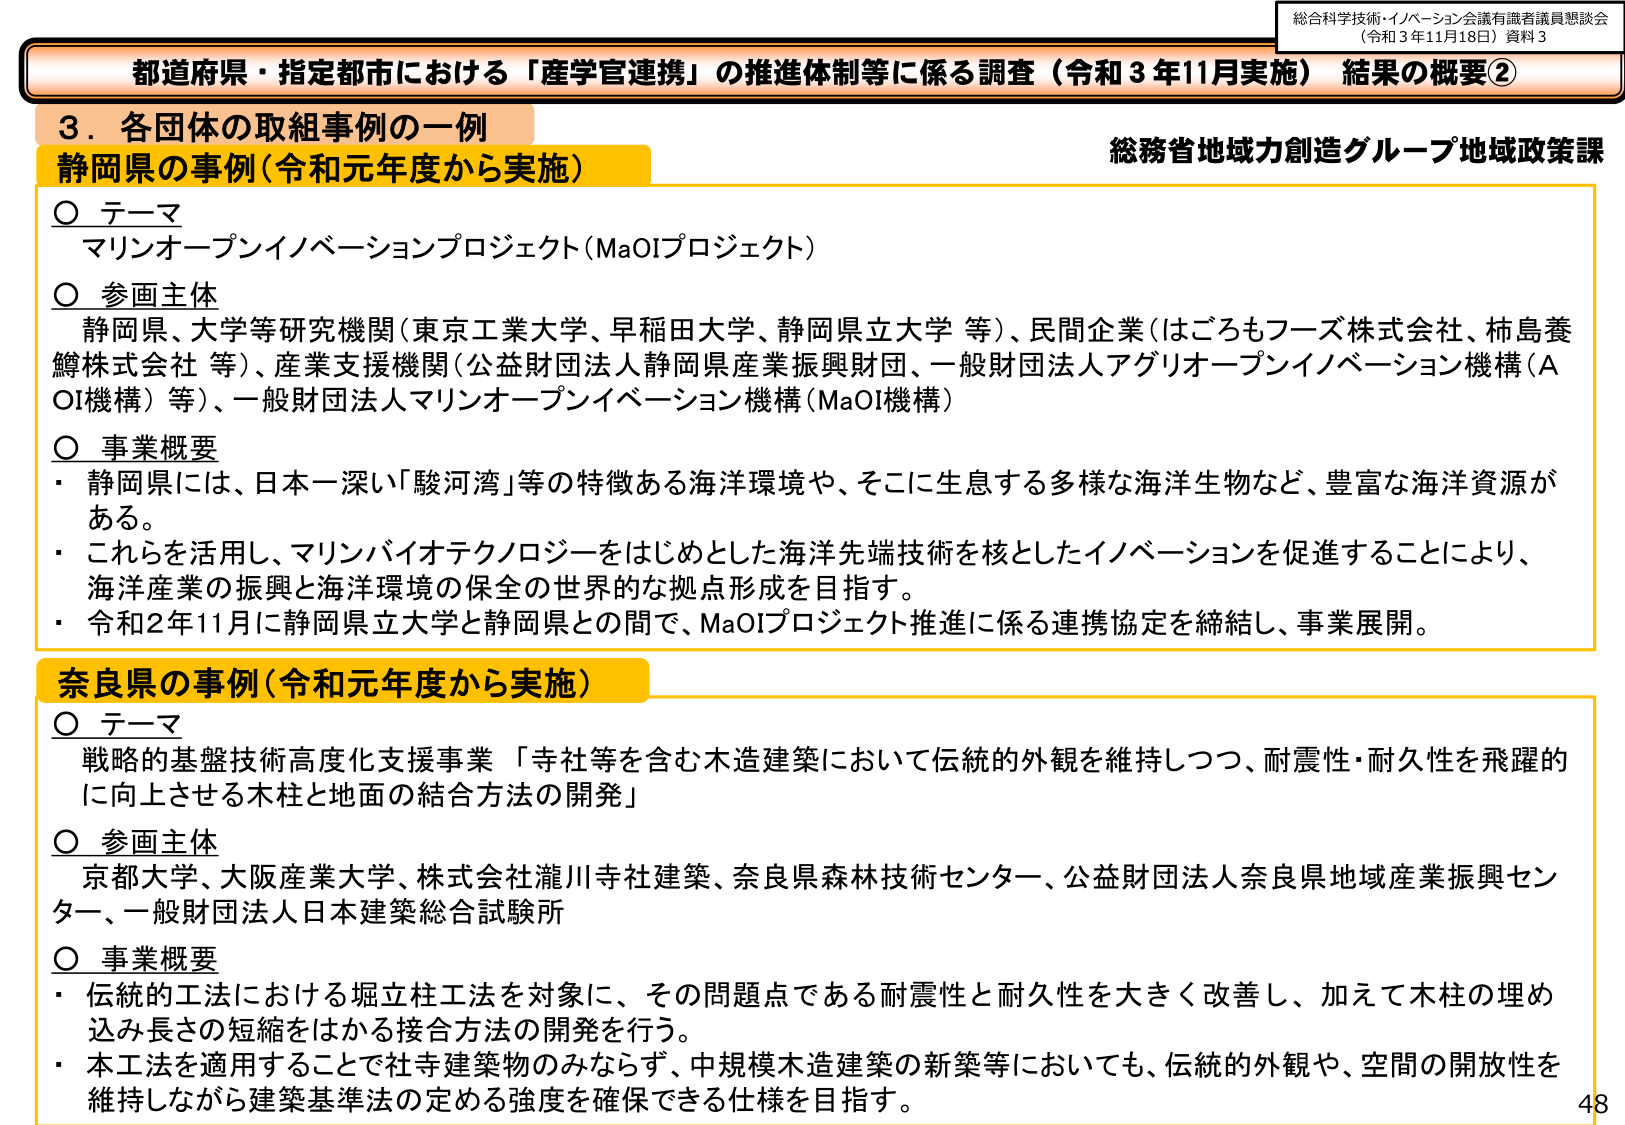
総合科学技術・イノベーション会議有識者議員懇談会
（令和３年11月18日）資料３

都道府県・指定都市における「産学官連携」の推進体制等に係る調査（令和３年11月実施） 結果の概要②

総務省地域力創造グループ地域政策課

３．各団体の取組事例の一例
静岡県の事例（令和元年度から実施）

○ テーマ
マリンオープンイノベーションプロジェクト（MaOIプロジェクト）

○ 参画主体
静岡県、大学等研究機関（東京工業大学、早稲田大学、静岡県立大学 等）、民間企業（はごろもフーズ株式会社、柿島養鱒株式会社 等）、産業支援機関（公益財団法人静岡県産業振興財団、一般財団法人アグリオープンイノベーション機構（AOI機構）等）、一般財団法人マリンオープンイノベーション機構（MaOI機構）

○ 事業概要
・ 静岡県には、日本一深い「駿河湾」等の特徴ある海洋環境や、そこに生息する多様な海洋生物など、豊富な海洋資源がある。
・ これらを活用し、マリンバイオテクノロジーをはじめとした海洋先端技術を核としたイノベーションを促進することにより、海洋産業の振興と海洋環境の保全の世界的な拠点形成を目指す。
・ 令和２年11月に静岡県立大学と静岡県との間で、MaOIプロジェクト推進に係る連携協定を締結し、事業展開。

奈良県の事例（令和元年度から実施）

○ テーマ
戦略的基盤技術高度化支援事業 「寺社等を含む木造建築において伝統的外観を維持しつつ、耐震性・耐久性を飛躍的に向上させる木柱と地面の結合方法の開発」

○ 参画主体
京都大学、大阪産業大学、株式会社瀧川寺社建築、奈良県森林技術センター、公益財団法人奈良県地域産業振興センター、一般財団法人日本建築総合試験所

○ 事業概要
・ 伝統的工法における堀立柱工法を対象に、その問題点である耐震性と耐久性を大きく改善し、加えて木柱の埋め込み長さの短縮をはかる接合方法の開発を行う。
・ 本工法を適用することで社寺建築物のみならず、中規模木造建築の新築等においても、伝統的外観や、空間の開放性を維持しながら建築基準法の定める強度を確保できる仕様を目指す。

48